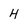
Character: H